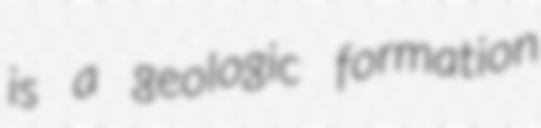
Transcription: is a geologic formation